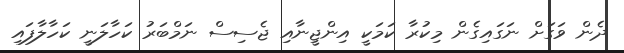
ދެން ވަގަށް ނަގައިގެން މިކުރާ ކަމަކީ އިންޖީނާއި ޖެސިސް ނަމްބަރު ކަހާލަނީ ކަހާލާފައި